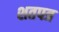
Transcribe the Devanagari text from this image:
शतपत्र